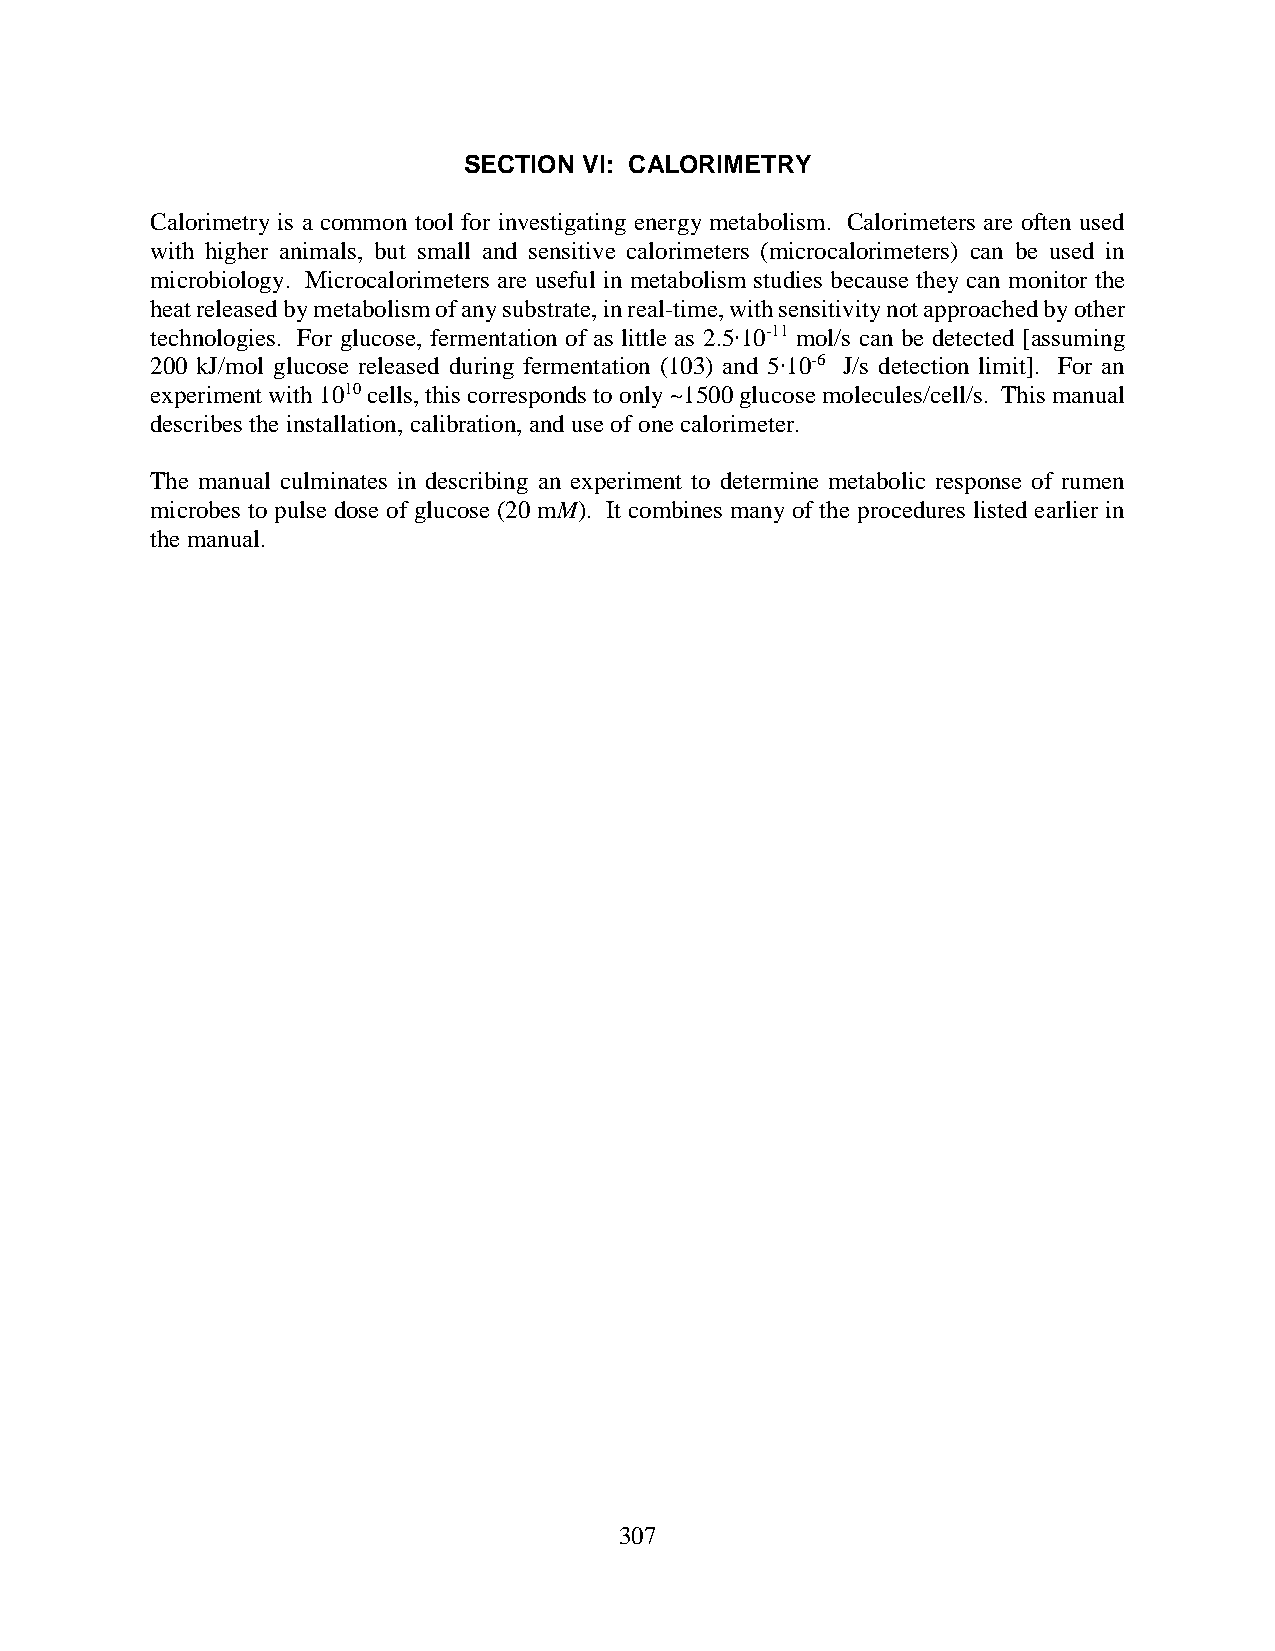
SECTION VI: CALORIMETRY
 Calorimetry is a common tool for investigating energy metabolism. Calorimeters are often used
 with higher animals, but small and sensitive calorimeters (microcalorimeters) can be used in
 microbiology. Microcalorimeters are useful in metabolism studies because they can monitor the
 heat released by metabolism of any substrate, in real-time, with sensitivity not approached by other
 technologies. For glucose, fermentation of as little as 2.5∙10-11 mol/s can be detected [assuming
 200 kJ/mol glucose released during fermentation (103) and 5∙10-6 J/s detection limit]. For an
 experiment with 1010 cells, this corresponds to only ~1500 glucose molecules/cell/s. This manual
 describes the installation, calibration, and use of one calorimeter.
 The manual culminates in describing an experiment to determine metabolic response of rumen
 microbes to pulse dose of glucose (20 mM). It combines many of the procedures listed earlier in
 the manual.
 307